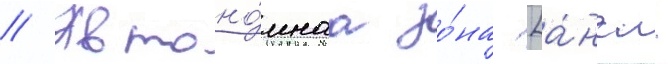
// Автоно́мнаа зо́на [а́нгл.